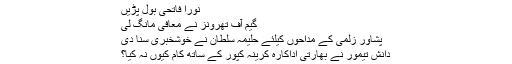
نورا فاتحی بول پڑیں
گیم آف تھرونز نے معافی مانگ لی
پشاور زلمی کے مداحوں کیلئے حلیمہ سلطان نے خوشخبری سنا دی
دانش تیمور نے بھارتی اداکارہ کرینہ کپور کے ساتھ کام کیوں نہ کیا؟